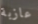
عازبة